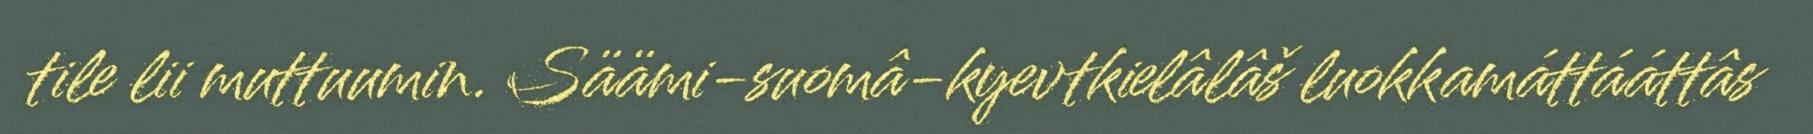
tile lii muttuumin. Säämi-suomâ-kyevtkielâlâš luokkamáttááttâs